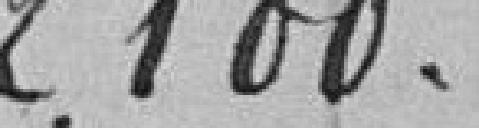
2,100